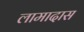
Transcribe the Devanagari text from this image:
लामादास